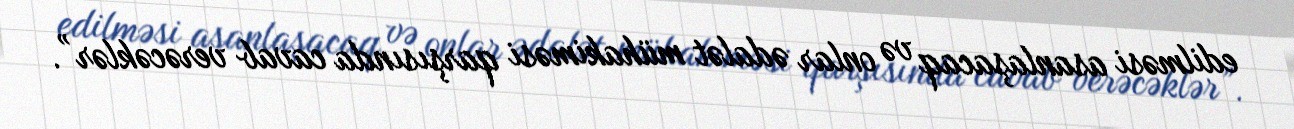
edilməsi asanlaşacaq və onlar ədalət mühakiməsi qarşısında cavab verəcəklər”.